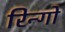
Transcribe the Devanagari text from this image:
रिन्गो